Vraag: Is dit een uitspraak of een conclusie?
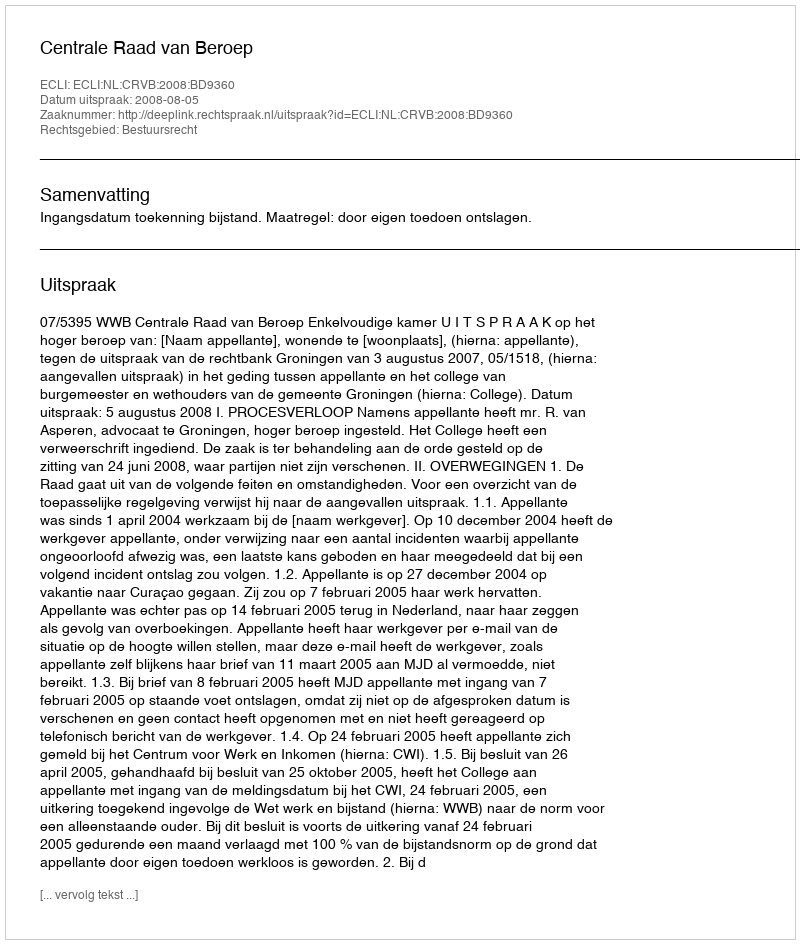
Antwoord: Uitspraak